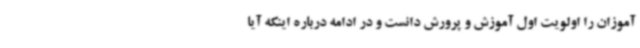
آموزان را اولویت اول آموزش و پرورش دانست و در ادامه درباره اینکه آیا